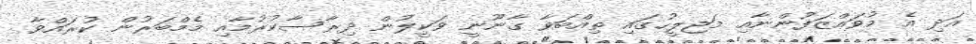
އަދި އެ މުވައްޒަފުންނާއި މަޖިލީހުގައި ތިއްބަވާ ގާނޫނީ ވަކީލުން ދިރާސާކުރުމާއި މެމްބަރުން ކުރައްވާ